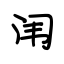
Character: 闱